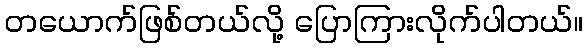
တယောက်ဖြစ်တယ်လို့ ပြောကြားလိုက်ပါတယ်။